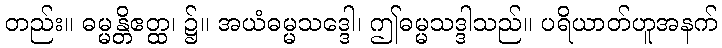
တည်း။ ဓမ္မန္တိဧတ္ထ၊ ၌။ အယံဓမ္မသဒ္ဒေါ၊ ဤဓမ္မသဒ္ဒါသည်။ ပရိယာတ်ဟူအနက်